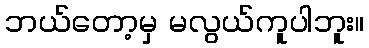
ဘယ်တော့မှ မလွယ်ကူပါဘူး။